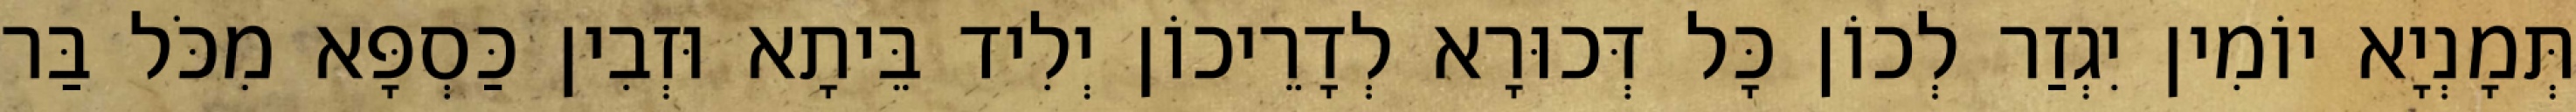
תְּמָנְיָא יוֹמִין יִגְזַר לְכוֹן כָּל דְּכוּרָא לְדָרֵיכוֹן יְלִיד בֵּיתָא וּזְבִין כַּסְפָּא מִכֹּל בַּר